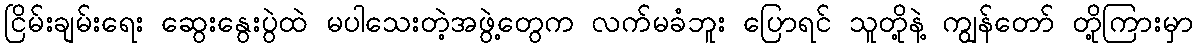
ငြိမ်းချမ်းရေး ဆွေးနွေးပွဲထဲ မပါသေးတဲ့အဖွဲ့တွေက လက်မခံဘူး ပြောရင် သူတို့နဲ့ ကျွန်တော် တို့ကြားမှာ